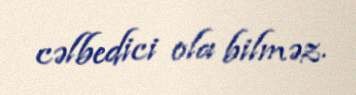
cəlbedici ola bilməz.